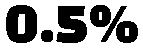
0.5%